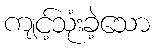
ကျင့်သုံးခဲ့သော